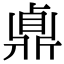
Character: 鼑